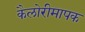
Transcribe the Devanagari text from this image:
कैलोरीमापक